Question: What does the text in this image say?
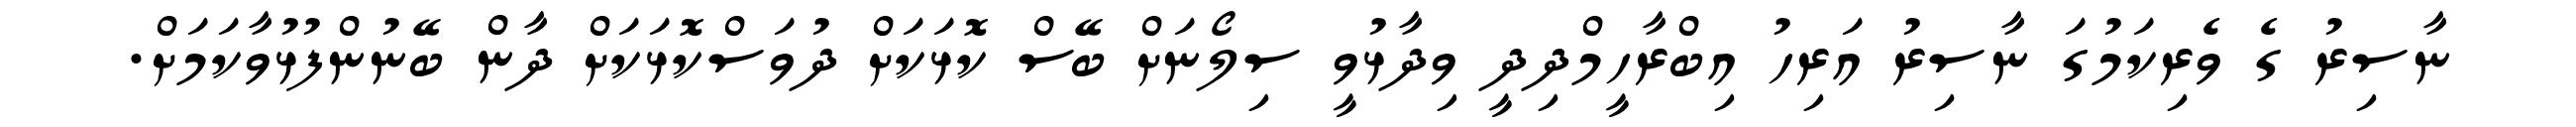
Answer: ނާސިރު ގެ ވެރިކަމުގަ ނާސިރު އަރިހު އިބްރާހީމްދިދީ ވިދާޅުވީ ސިލޯނަށް ބޭސް ކޮޅަކަށް ދުވަސްކޮޅަކަށް ދާން ބޭނުންފުޅުވާކަމަށް.